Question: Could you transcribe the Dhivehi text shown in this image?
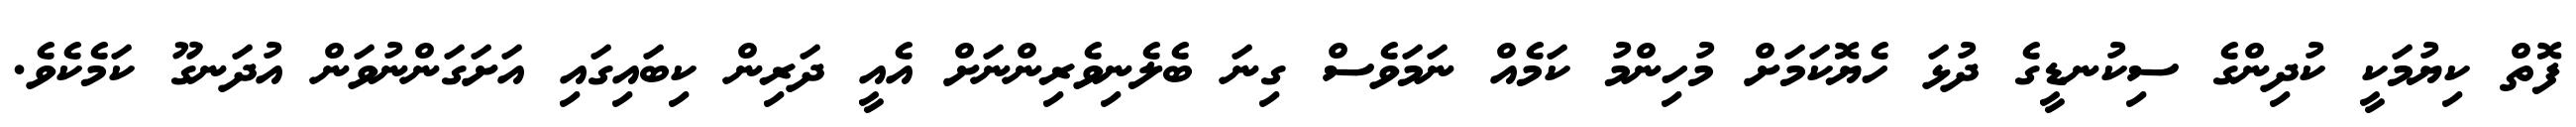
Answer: ފޮތް ކިޔުމަކީ ކުދިންގެ ސިކުނޑީގެ ދުޅަ ހެޔޮކަމަށް މުހިންމު ކަމެއް ނަމަވެސް ގިނަ ބެލެނިވެރިންނަށް އެއީ ދަރިން ކިބައިގައި އަށަގަންނުވަން އުދަނގޫ ކަމެކެވެ.